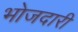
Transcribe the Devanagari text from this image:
भोजदारी